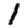
Digit: 1